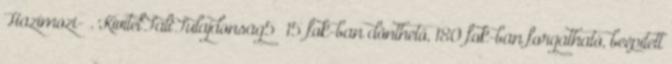
Hazimozi- . KivitelFaliTulajdonság5 15 fok-ban dönthető, 180 fok-ban forgatható, beépített